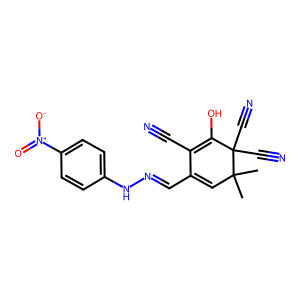
SMILES: CC1(C)C=C(C=NNc2ccc([N+](=O)[O-])cc2)C(C#N)=C(O)C1(C#N)C#N
Inhibits HIV replication: No